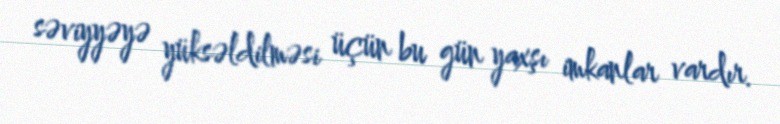
səviyyəyə yüksəldilməsi üçün bu gün yaxşı imkanlar vardır.